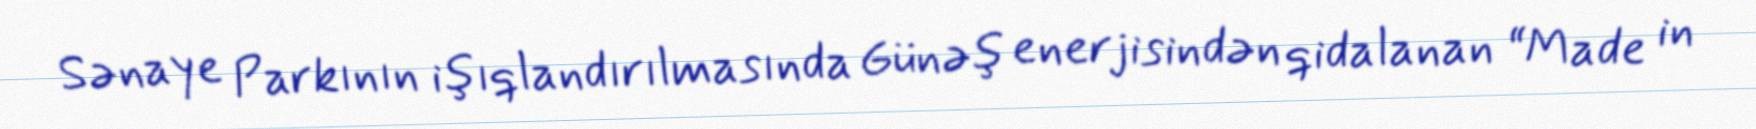
Sənaye Parkının işıqlandırılmasında Günəş enerjisindən qidalanan “Made in